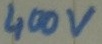
Text: 400v